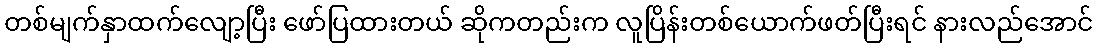
တစ်မျက်နှာထက်လျော့ပြီး ဖော်ပြထားတယ် ဆိုကတည်းက လူပြိန်းတစ်ယောက်ဖတ်ပြီးရင် နားလည်အောင်